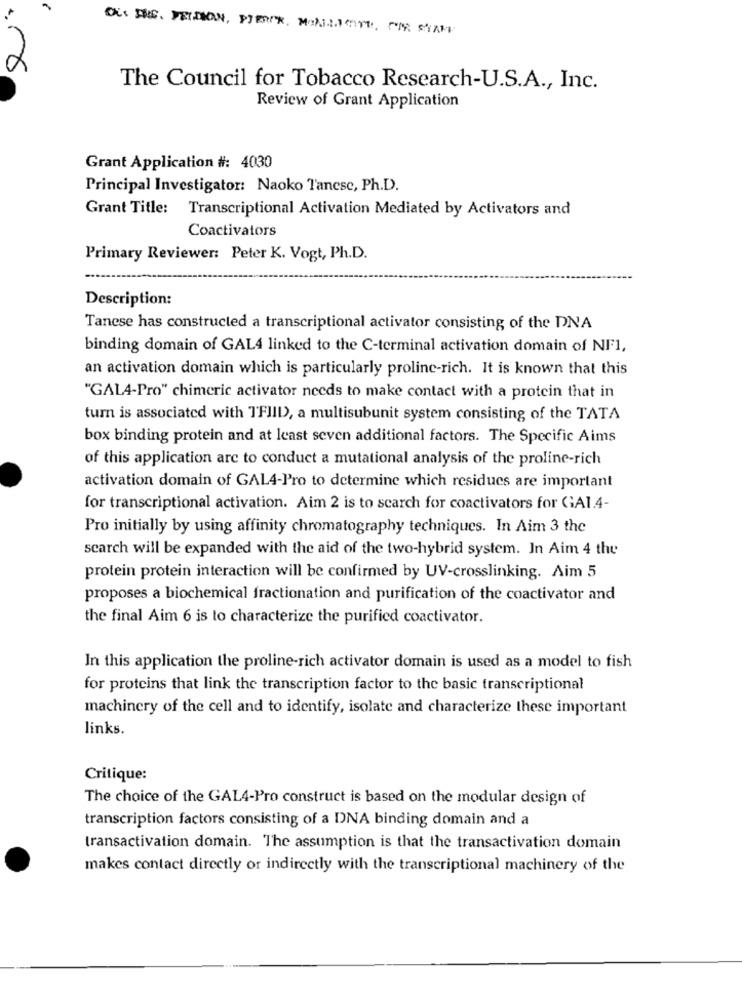
OU ANG. DEIDION, PEROK, MALISITE, CI STAME
The Council for Tobacco Research-U.S.A ., Inc.
Review of Grant Application
Grant Application #: 4030
Principal Investigator: Naoko Tancse, Ph.D.
Grant Title: Transcriptional Activation Mediated by Activators and
Coactivators
Primary Reviewer: Peter K. Vogt, Ph.D.
Description:
Tanese has constructed a transcriptional activator consisting of the DNA
binding domain of GAL4 linked to the C-terminal activation domain of NF1,
an activation domain which is particularly proline-rich. It is known that this
"GALA-Pro" chimeric activator needs to make contact with a protein that in
turn is associated with TFIII), a multisubunit system consisting of the TATA
box binding protein and at least seven additional factors. The Specific Aims
of this application arc to conduct a mutational analysis of the proline-rich
activation domain of GALA-Pro to determine which residues are important
for transcriptional activation. Aim 2 is to search for coactivators for GA1.4-
Pro initially by using affinity chromatography techniques. In Aim 3 the
search will be expanded with the aid of the two-hybrid system. In Aim 4 the
protein protein interaction will be confirmed by UV-crosslinking. Aim 5
proposes a biochemical fractionation and purification of the coactivator and
the final Aim 6 is to characterize the purified coactivator.
In this application the proline-rich activator domain is used as a model to fish
for proteins that link the transcription factor to the basic transcriptional
machinery of the cell and to identify, isolate and characterize these important
links.
Critique:
The choice of the GALA-Pro construct is based on the modular design of
transcription factors consisting of a DNA binding domain and a
transactivation domain. The assumption is that the transactivation domain
makes contact directly or indirectly with the transcriptional machinery of the